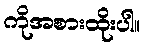
ကိုအစားထိုးပါ။